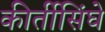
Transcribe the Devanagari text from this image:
कीर्तीसिंघे